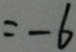
= - 6